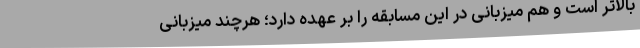
بالاتر است و هم میزبانی در این مسابقه را بر عهده دارد؛ هرچند میزبانی